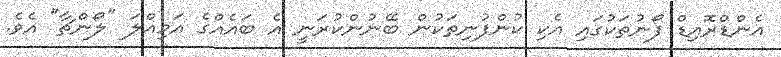
އެންޑްރޮއިޑް ފޯނުތަކުގައި އެކި ކުންފުނިތަކުން ބޭނުންކުރަނީ އެ ބައެއްގެ އަމިއްލަ "ލޯންޗާ" އެވެ.